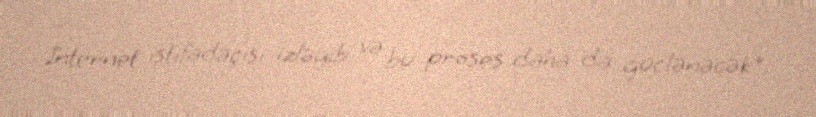
İnternet istifadəçisi izləyib və bu proses daha da güclənəcək".